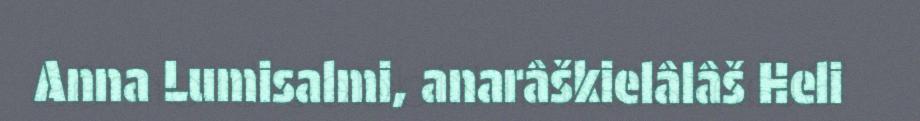
Anna Lumisalmi, anarâškielâlâš Heli